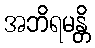
အဘိရမန္တိ